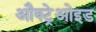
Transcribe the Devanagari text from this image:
औक्ट्रेओइड